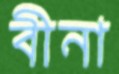
বীনা